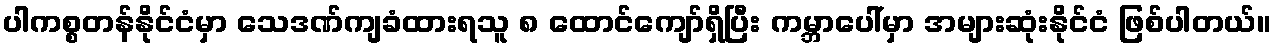
ပါကစ္စတန်နိုင်ငံမှာ သေဒဏ်ကျခံထားရသူ ၈ ထောင်ကျော်ရှိပြီး ကမ္ဘာပေါ်မှာ အများဆုံးနိုင်ငံ ဖြစ်ပါတယ်။